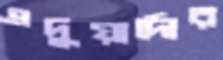
এদুয়ার্দোর